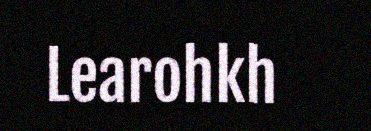
Learohkh